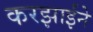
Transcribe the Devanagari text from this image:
करझाईंने